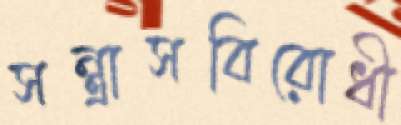
সন্ত্রাসবিরোধী